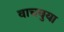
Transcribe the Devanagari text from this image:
वाचवुया